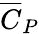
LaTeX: \overline{{C}}_{P}